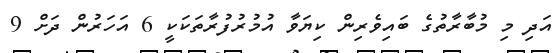
އަދި މި މުބާރާތުގެ ބައިވެރިން ކިޔަވާ އުމުރުފުރާތަކަކީ 6 އަހަރުން ދަށް 9